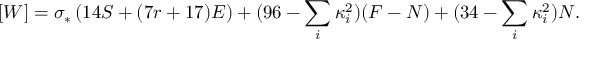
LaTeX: [ W ] = \sigma _ { * } \left( 1 4 S + ( 7 r + 1 7 ) E \right) + ( 9 6 - \sum _ { i } \kappa _ { i } ^ { 2 } ) ( F - N ) + ( 3 4 - \sum _ { i } \kappa _ { i } ^ { 2 } ) N .